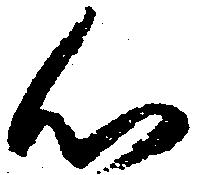
心